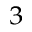
_ 3